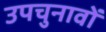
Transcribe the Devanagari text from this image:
उपचुनावों